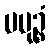
ပမုဉ္စံ